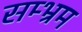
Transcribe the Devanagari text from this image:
सम्भ्रम